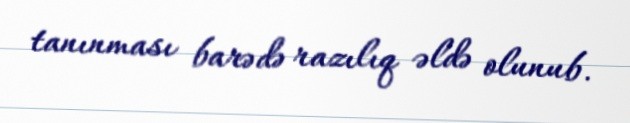
tanınması barədə razılıq əldə olunub.